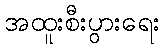
အထူးစီးပွားရေး